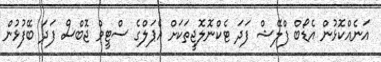
އަނެއްކޮޅުން އެޑޯބް ފްލޭޝް ފަދަ ޓެކްނޮލޮޖީތަކަށް އެޕަލްގެ ސްޓީވް ޖޮބްސް ފަދަ ބޭފުޅުން